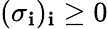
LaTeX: (\sigma_{\mathbf{i}})_{\mathbf{i}}\geq0